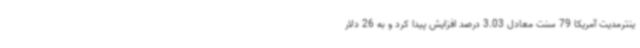
ینترمدیت آمریکا 79 سنت معادل 3.03 درصد افزایش پیدا کرد و به 26 دلار